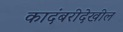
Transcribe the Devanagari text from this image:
कादंबरीदेखील